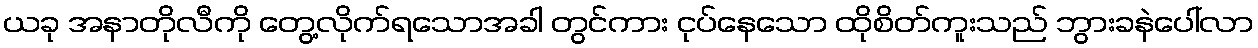
ယခု အနာတိုလီကို တွေ့လိုက်ရသောအခါ တွင်ကား ငုပ်နေသော ထိုစိတ်ကူးသည် ဘွားခနဲပေါ်လာ